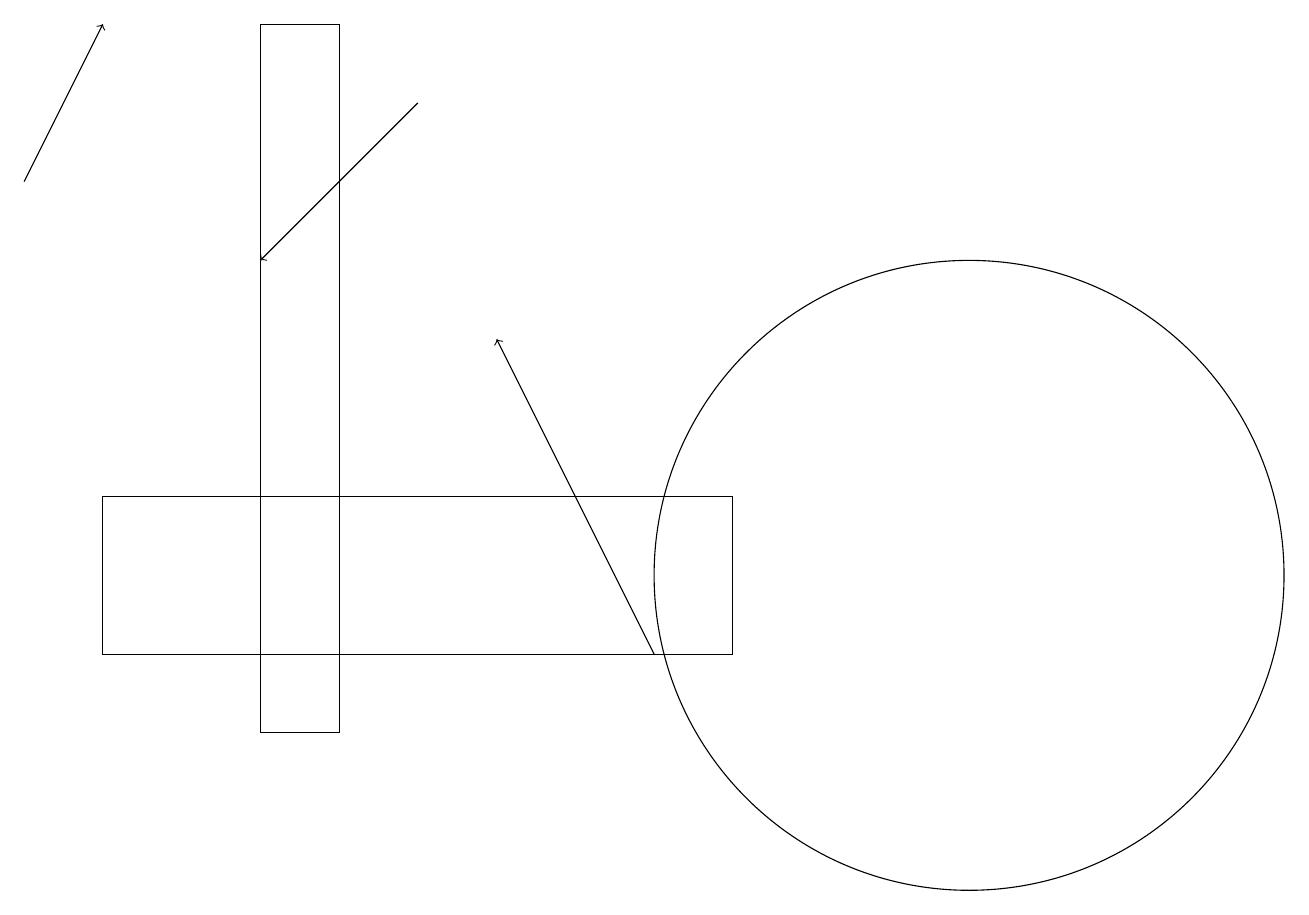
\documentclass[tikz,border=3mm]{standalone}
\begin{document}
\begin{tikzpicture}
\draw[->] (0,17) -- (1,19);
\draw[->] (5,18) -- (3,16);
\draw (12,12) circle (4);
\draw (1,11) rectangle (9,13);
\draw (4,19) rectangle (3,10);
\draw[->] (8,11) -- (6,15);
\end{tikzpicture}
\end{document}